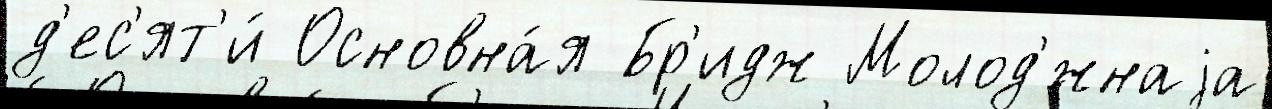
д'ес'ят'и́ Основна́я Бр'идж Молод'́жнаjа